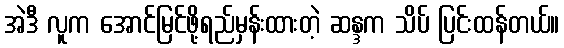
အဲဒီ လူက အောင်မြင်ဖို့ရည်မှန်းထားတဲ့ ဆန္ဒက သိပ် ပြင်းထန်တယ်။